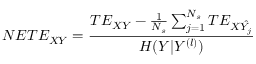
N E T E _ { X Y } = \frac { T E _ { X Y } - \frac { 1 } { N _ { s } } \sum _ { j = 1 } ^ { N _ { s } } T E _ { X \hat { Y _ { j } } } } { H ( Y | Y ^ { ( l ) } ) }